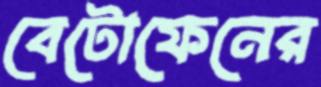
বেটোফেনের